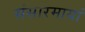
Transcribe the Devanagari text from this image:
संसारमायां